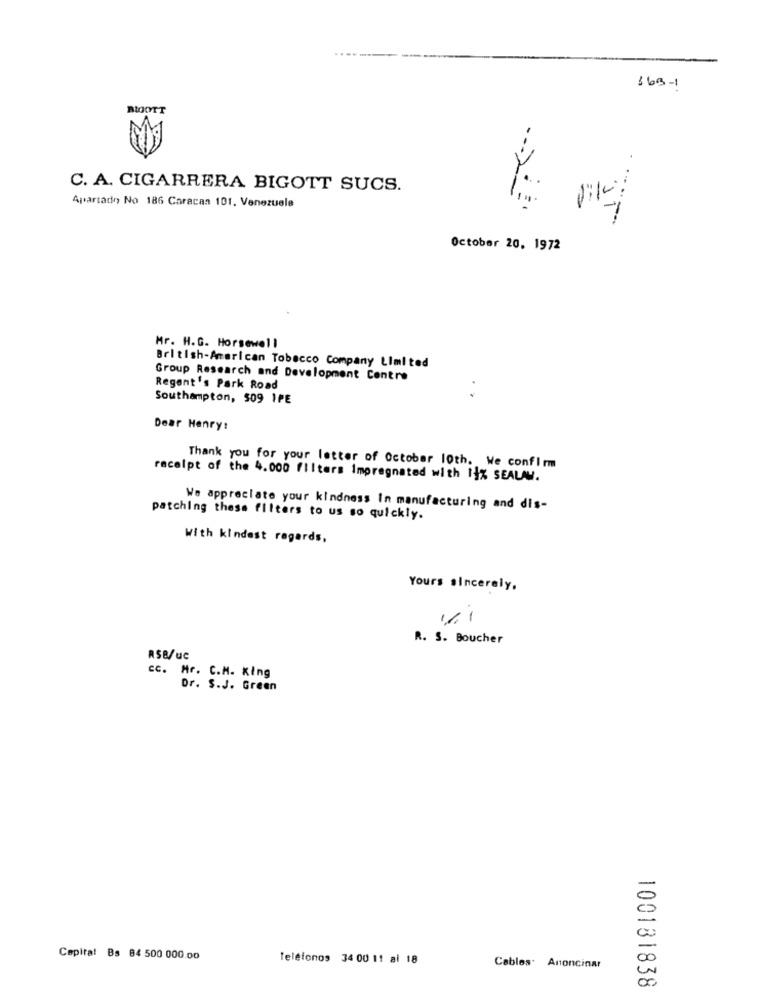
163-1
BIOOTT
C. A. CIGARRERA BIGOTT SUCS.
Apartado No 186 Caracas 101, Venezuela
October 20, 1972
Mr. H.G. Horsewell
British-American Tobacco Company Limited
Group Research and Development Centre
Regent's Park Road
Southampton, 509 1PE
Dear Henry:
Thank you for your letter of October 10th. We confirm
receipt of the 4.000 filters Impregnated with 14% SEALAW.
We appreciate your kindness In manufacturing and dis-
patching these filters to us so quickly.
With kindest regards,
Yours sincerely.
16.1
R. S. Boucher
RSB/uc
. Hr. C.M. King
Dr. S.J. Green
Capital Bs 64 500 000.00
Teléfonos 34 00 11 al 18
Cables. Anoncinar
100131838